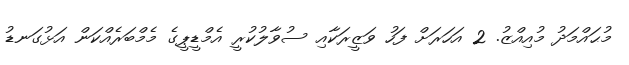
މުޙައްމަދު މުއިއްޒު. 2 އަހަރަށް ފަހު ވަޒީރަކާއި ސުވާލުކުރީ އެމްޑީޕީގެ މެމްބަރެއްކަން އަޅުގަނޑު